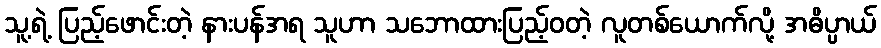
သူ့ရဲ့ ပြည့်ဖောင်းတဲ့ နားပန်အရ သူဟာ သဘောထားပြည့်ဝတဲ့ လူတစ်ယောက်လို့ အဓိပ္ပာယ်